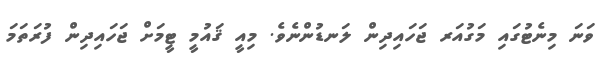
ވަނަ މިނެޓުގައި މަގުއަރ ޖަަހައިދިން ލަނޑުންނެވެ. މިއީ ޤައުމީ ޓީމަށް ޖަހައިދިން ފުރަތަމަ